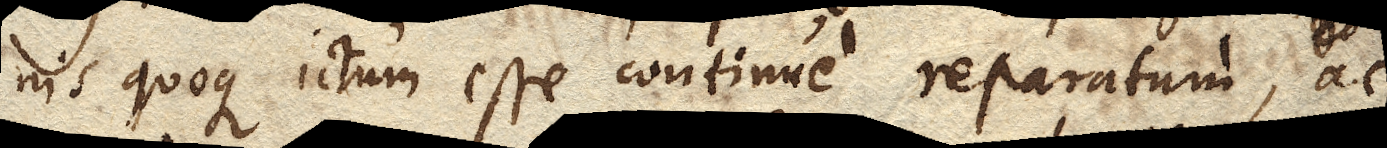
inis quoque ictum esse continue reparatum, ac